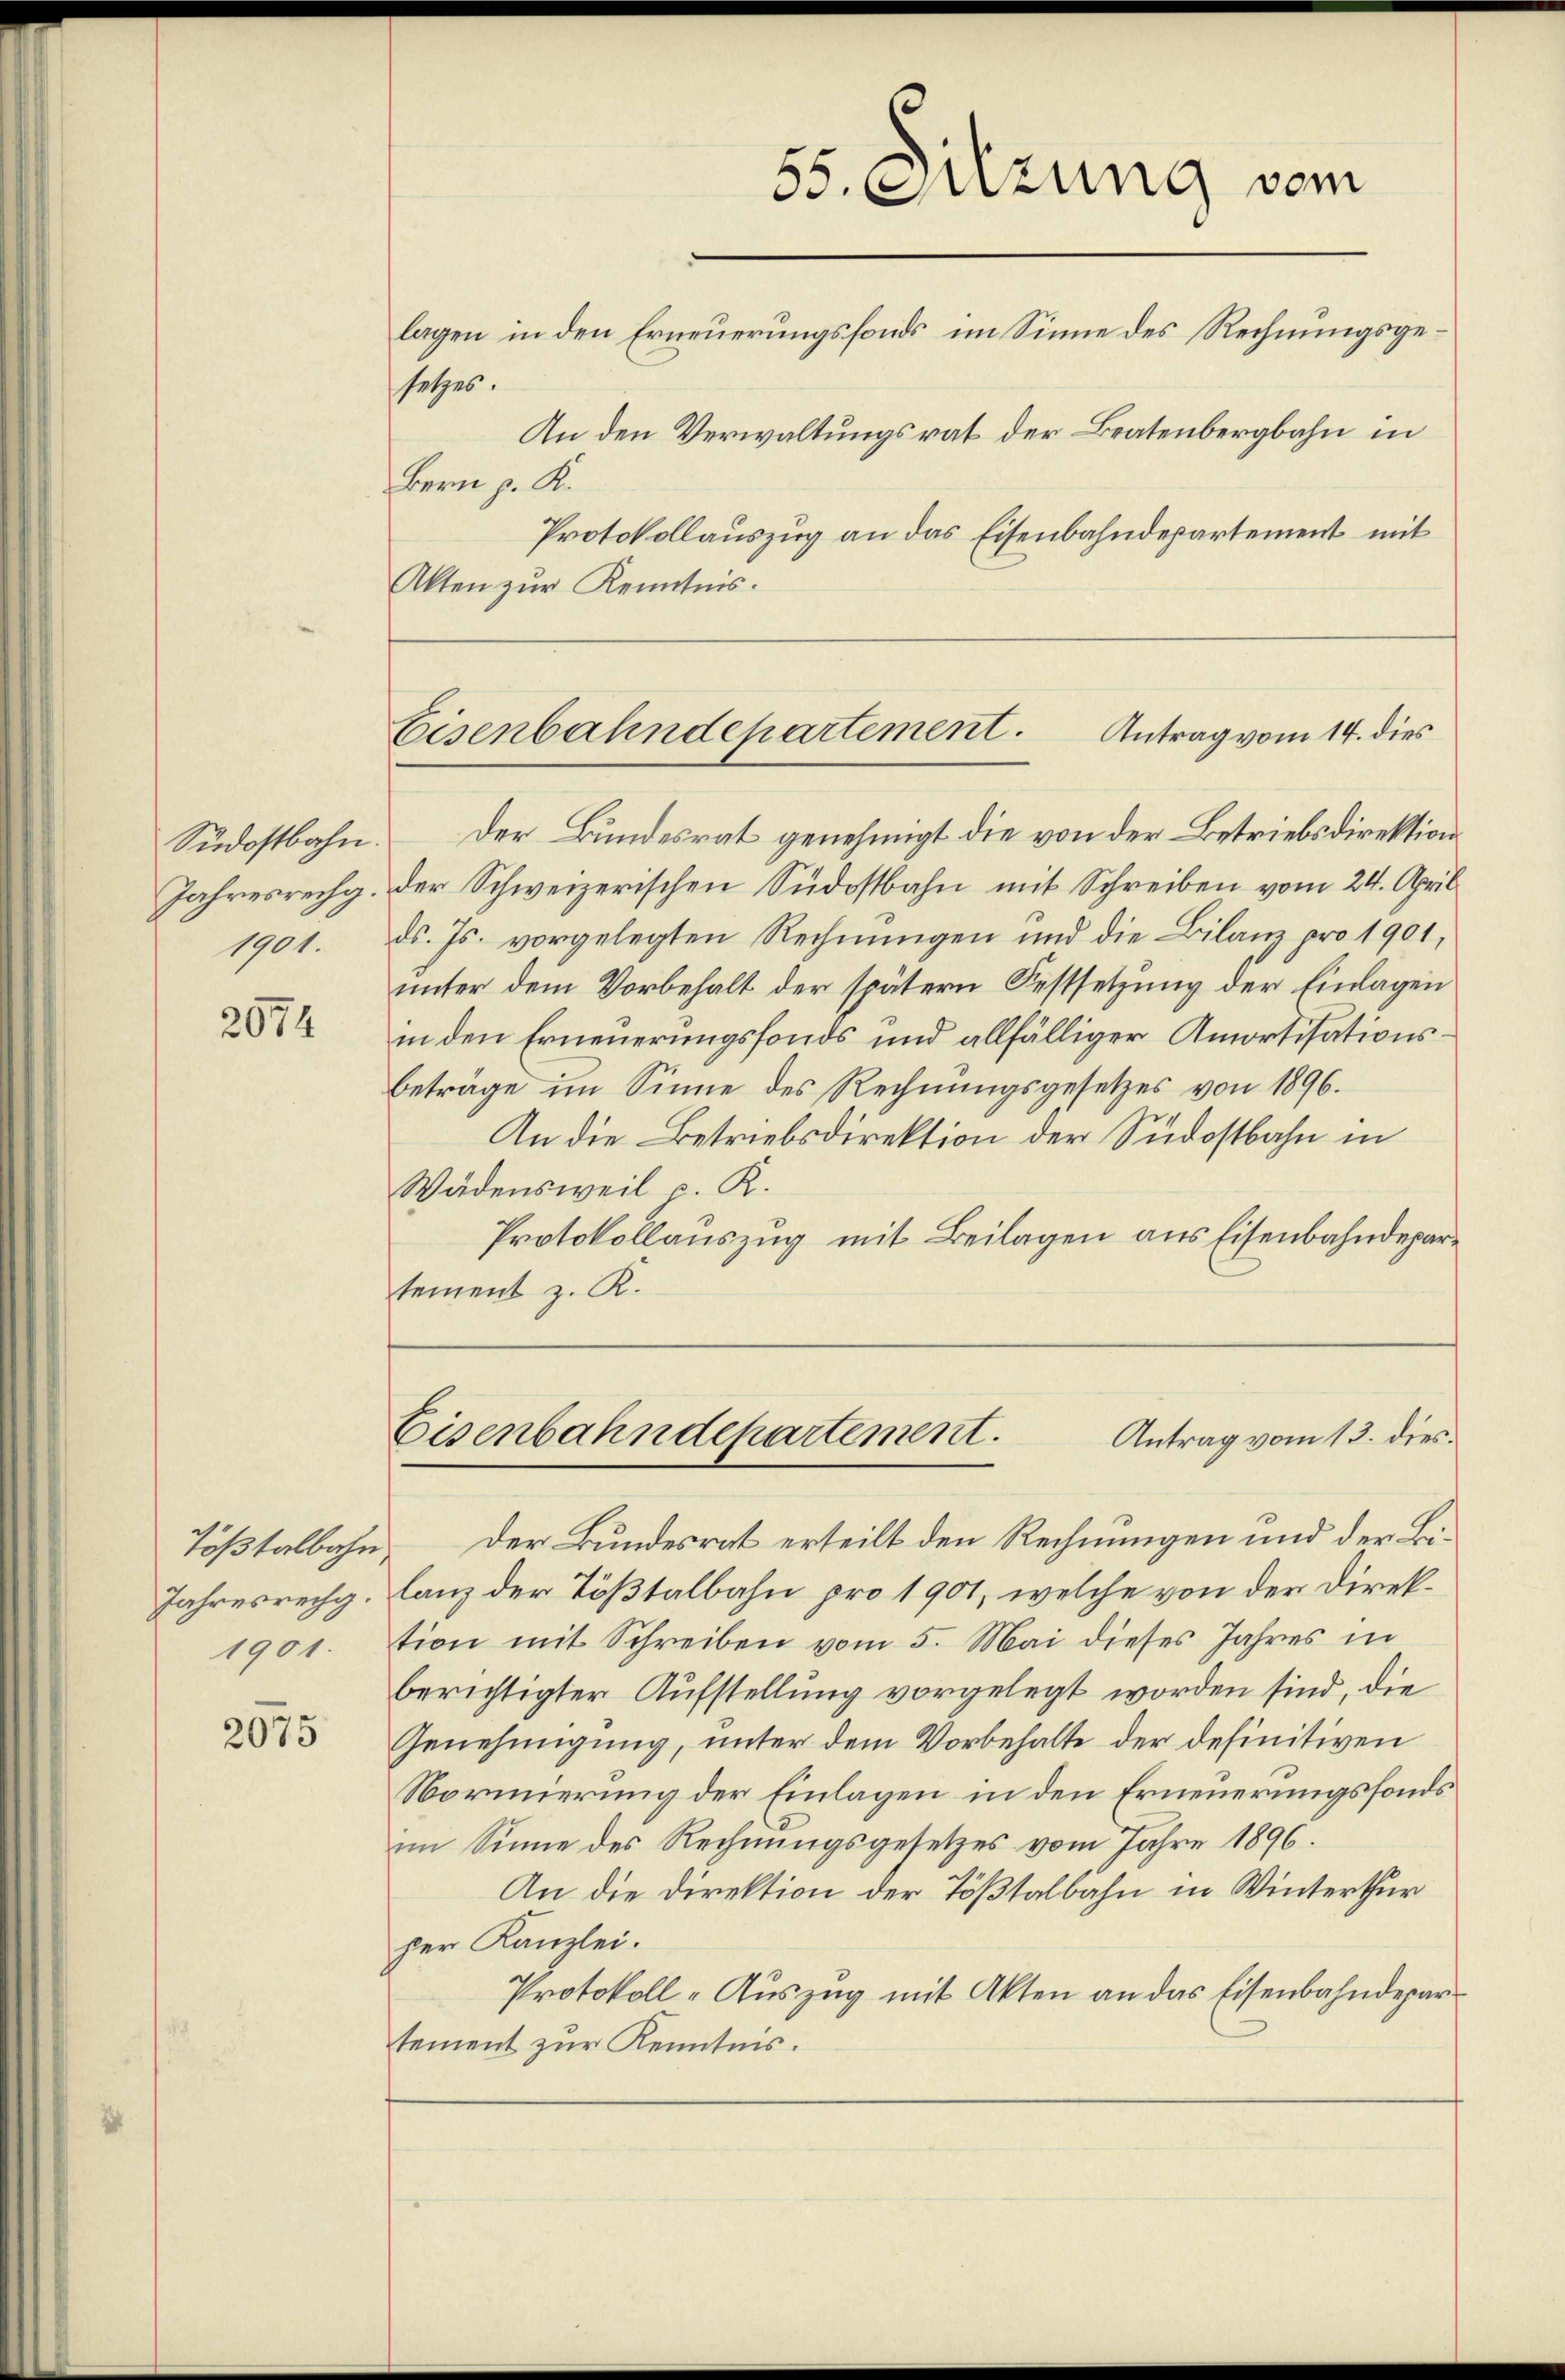
1901.

2074

Jahresrechg.
1901.

2075

setzes.
Bern p. K.
Akten zur Kenntnis.

55. Sitzung vom
lagen in den Erneuerungsfonds im Sinne des Rechnungsge¬
An den Verwaltungsrat der Bratenbergbahn in
Protokollauszug an das Eisenbahndepartement mit

Antrag vom 14. dies
Eisenbahndepartement.

Südostbahn. Der Bundesrat genehmigt die von der Betriebsdirektions
Jahresrechg. Der Schweizerischen Südostbahn mit Schreiben vom 24. April
ds. Js. vorgelegten Rechnungen und die Bilanz pro 1901,
unter dem Vorbehalt der spätern Festsetzung der Einlagen
in den Erneuerungsfonds und allfälliger Amortisationsbeträge im Sinne des Rechnungsgesetzes von 1896.
An die Betriebsdirektion der Südostbahn in
Wädensweil v. K.
Protokollauszug mit Beilagen aus Eisenbahndepartement z. K.

Eisenbahndepartement.
Antrag vom 13. dies

Tößtalbahn der Bundesrat erteilt den Rechnungen und der Bilanz der Tößtalbahn pro 1901, welche von der Direktion mit Schreiben vom 5. Mai dieses Jahres in
berichtigter Aufstellung vorgelegt worden sind, die
Genehmigung, unter dem Vorbehalte der definitiven
Normierung der Einlagen in den Erneuerungsfonds
im Sinne des Rechnungsgesetzes vom Jahre 1896.
An die Direktion der Tößtalbahn in Winterthur
per Kanzlei.
Protokoll-Auszug mit Akten an das Eisenbahndepartement zur Kenntnis.